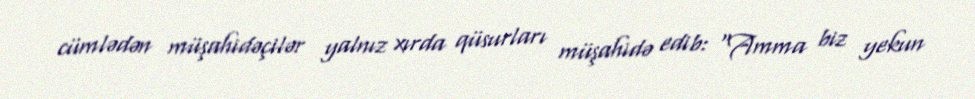
cümlədən müşahidəçilər yalnız xırda qüsurları müşahidə edib: “Amma biz yekun